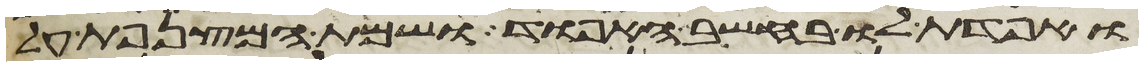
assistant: ואפדת לו בחשב האפוד ושמת המצנפת על